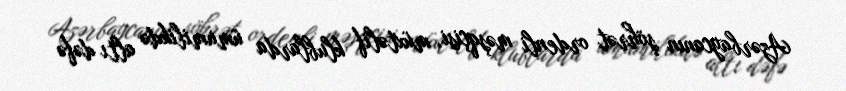
Azərbaycanın şöhrət ordenli məşqçisi, müxtəlif klublarda ümumilikdə altı dəfə